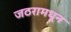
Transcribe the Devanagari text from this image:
जठरामधून